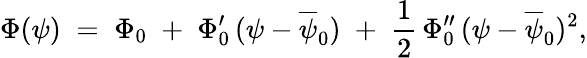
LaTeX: \Phi(\psi)\; =\; \Phi_{0}\; +\; \Phi_{0}^{\prime}\, (\psi-\overline{{\psi}}_{0})\; +\; \frac{1}{2}\, \Phi_{0}^{\prime\prime}\, (\psi-\overline{{\psi}}_{0})^{2},